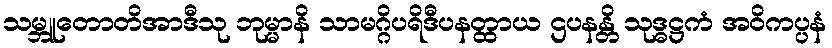
သမ္ဘူတောတိအာဒီသု ဘုမ္မာနိ သာမဂ္ဂိပရိဒီပနတ္ထာယ ဌပနန္တိ သုဒ္ဓဋ္ဌကံ အဝိကပ္ပနံ